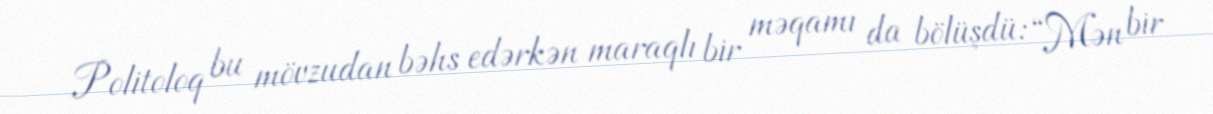
Politoloq bu mövzudan bəhs edərkən maraqlı bir məqamı da bölüşdü: “Mən bir